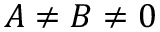
A \neq B \neq 0